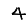
Digit: 4